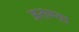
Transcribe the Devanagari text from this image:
असण्या